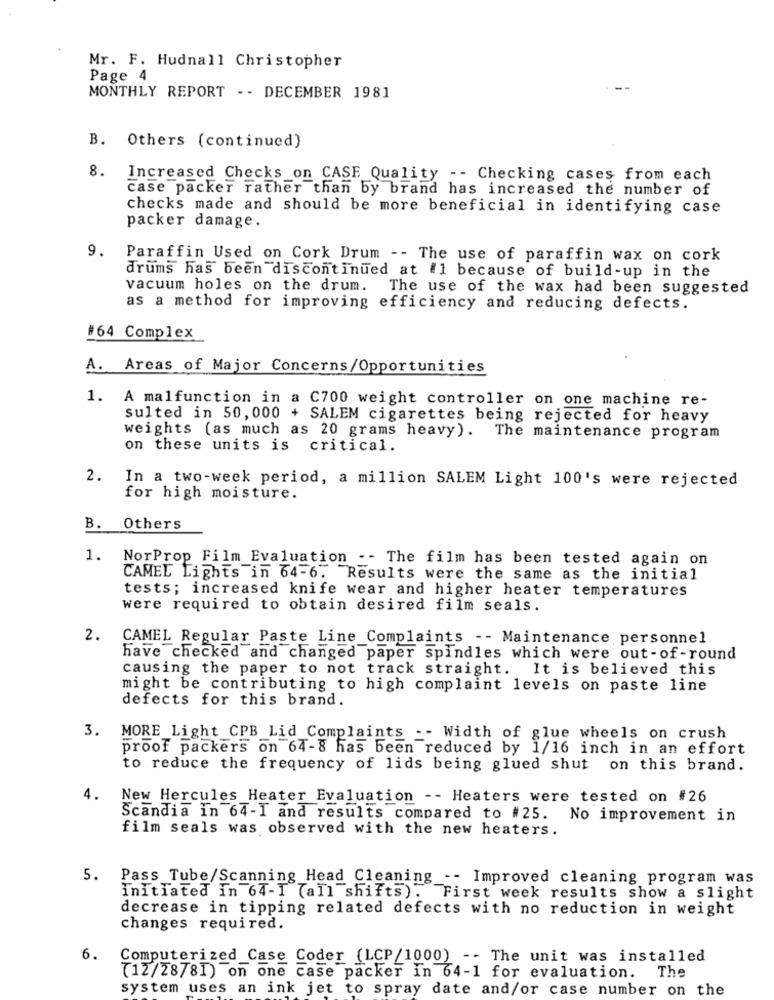
Mr. F. Hudnall Christopher
Page 4
MONTHLY REPORT -- DECEMBER 1981
B. Others (continued)
8.
Increased Checks_on CASE Quality -- Checking cases from each
case packer rather than by brand has increased the number of
checks made and should be more beneficial in identifying case
packer damage.
9. Paraffin Used on Cork Drum -- The use of paraffin wax on cork
drums has been discontinued at #1 because of build-up in the
vacuum holes on the drum. The use of the wax had been suggested
as a method for improving efficiency and reducing defects.
#64 Complex
A.
Areas of Major Concerns/Opportunities
1.
A malfunction in a C700 weight controller on one machine re-
sulted in 50, 000 + SALEM cigarettes being rejected for heavy
weights (as much as 20 grams heavy). The maintenance program
on these units is critical.
2.
In a two-week period, a million SALEM Light 100's were rejected
for high moisture.
B.
Others
1.
NorProp Film Evaluation - - The film has been tested again on
CAMEL Lights in 64-6. Results were the same as the initial
tests; increased knife wear and higher heater temperatures
were required to obtain desired film seals.
2.
CAMEL Regular Paste Line_Complaints -- Maintenance personnel
have checked and changed paper spindles which were out - of-round
causing the paper to not track straight. It is believed this
might be contributing to high complaint levels on paste line
defects for this brand.
3. MORE Light CPB Lid Complaints -- Width of glue wheels on crush
proof packers on 64-8 has been reduced by 1/16 inch in an effort
to reduce the frequency of lids being glued shut on this brand.
4.
New Hercules Heater Evaluation -- Heaters were tested on #26
Scandia In 64-1 and results compared to #25. No improvement in
film seals was observed with the new heaters.
5. Pass Tube/Scanning Head Cleaning -- Improved cleaning program was
Initiated In 64-I (all shifts). First week results show a slight
decrease in tipping related defects with no reduction in weight
changes required.
6.
Computerized_Case Coder (LCP/1000) -- The unit was installed
(12/28/81) on one case packer in 64-1 for evaluation. The
system uses an ink jet to spray date and/or case number on the